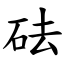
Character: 砝